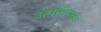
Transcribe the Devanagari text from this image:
उत्पत्तीपासून